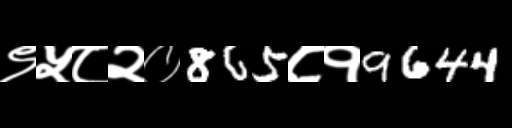
Text: ९५८२०865८१9644